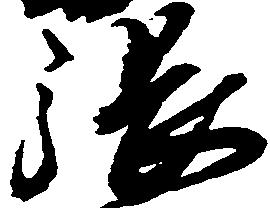
張